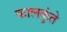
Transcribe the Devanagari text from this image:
कालकुंते